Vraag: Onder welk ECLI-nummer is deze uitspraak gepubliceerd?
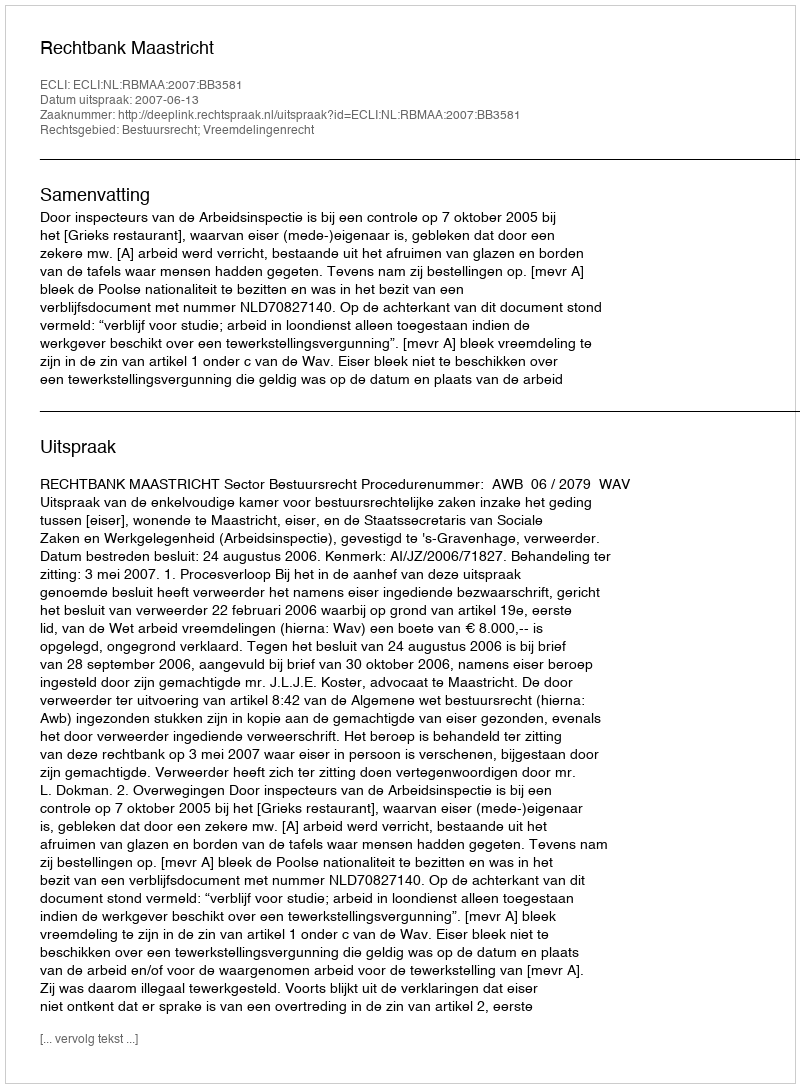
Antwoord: ECLI:NL:RBMAA:2007:BB3581